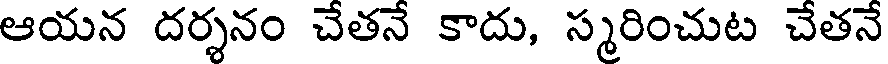
ఆయన దర్శనం చేతనే కాదు, స్మరించుట చేతనే